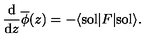
\frac { \mathrm { d } } { \mathrm { d } z } { \overline { \phi } } ( z ) = - \langle \mathrm { s o l } | F | \mathrm { s o l } \rangle .